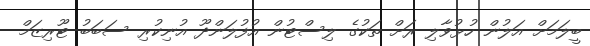
ބީލަމަށް އަލުން ހުޅުވާލި ރަށް ތަކުގެ ލިސްޓުން އުފުލަންދޫ އުނިކުރި ސަބަބު ޓޫރިޒަމް